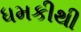
ધમકીથી